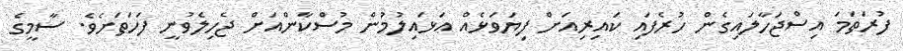
ފުރަތަމަ އިސްޖަހާލައިގެން ހުރެފައި ކައިރިއަށް ފިޔަވަޅެއް އަޅައިލުމުން މުސްކާންއަށް ޖެހިލެވުނީ ފަހަތަށެވެ. ސާމީގެ